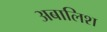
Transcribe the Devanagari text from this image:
अबालिश